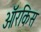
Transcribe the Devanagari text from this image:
ऑरकिस